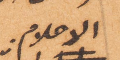
الاحلام.